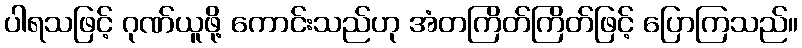
ပါရသဖြင့် ဂုဏ်ယူဖို့ ကောင်းသည်ဟု အံတကြိတ်ကြိတ်ဖြင့် ပြောကြသည်။